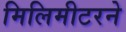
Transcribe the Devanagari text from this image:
मिलिमीटरने